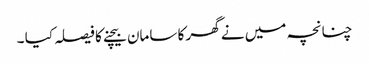
چنانچہ میں نے گھر کا سامان بیچنے کا فیصلہ کیا ۔